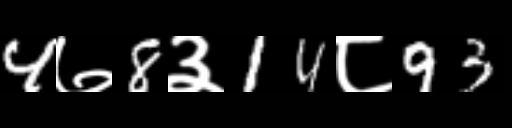
Text: 4७8३14८93